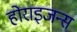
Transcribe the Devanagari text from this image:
होराइजन्स